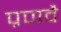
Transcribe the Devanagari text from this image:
प्रणवै